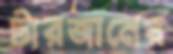
টারজানের